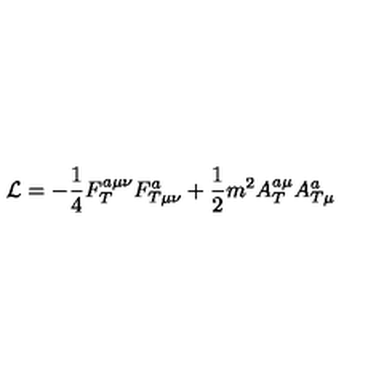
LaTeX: { \cal L } = - \frac 1 4 F _ { T } ^ { a \mu \nu } F _ { T \mu \nu } ^ { a } + \frac 1 2 m ^ { 2 } A _ { T } ^ { a \mu } A _ { T \mu } ^ { a }